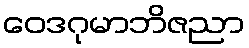
ဝေဒဂုမာဘိဇညာ